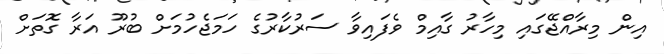
އިން މިރާއްޖޭގައި މިހާރު ގާއިމް ވެފައިވާ ސަރުކާރުގެ ހަމަޖެހުމަށް ބުރޫ އަރާ ގޮތަށް